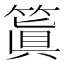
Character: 䈯